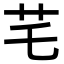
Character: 𦬃